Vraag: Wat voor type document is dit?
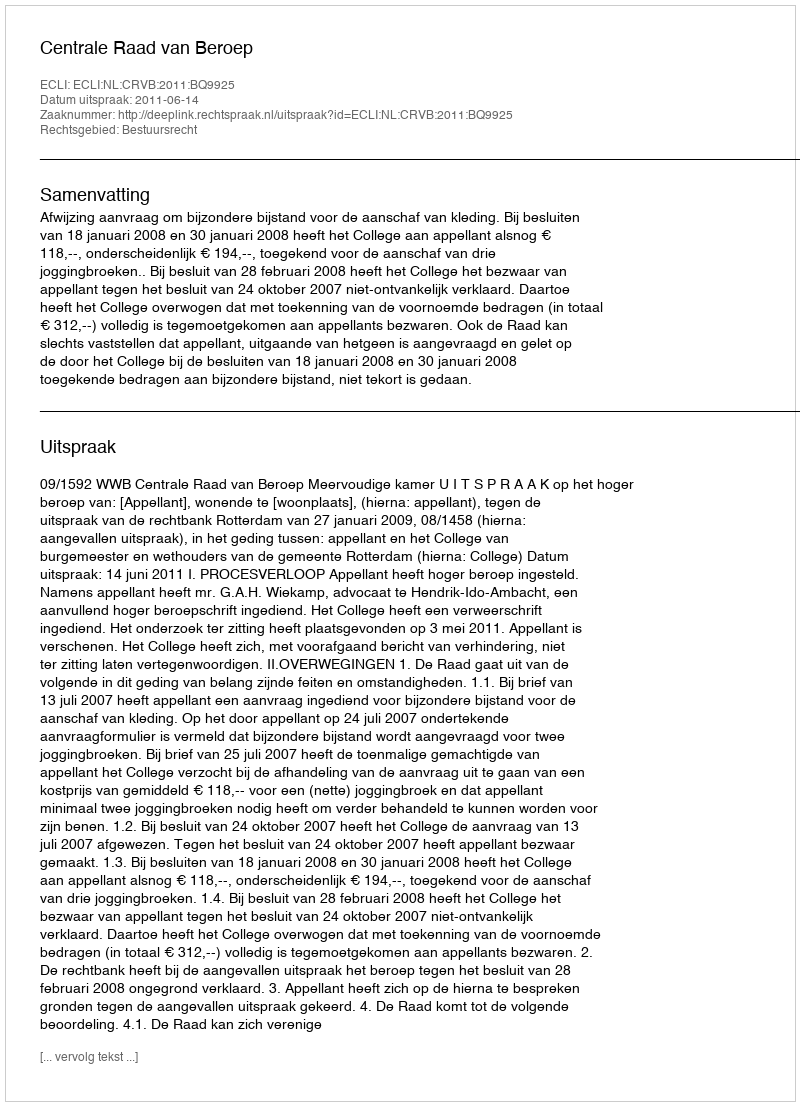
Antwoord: Uitspraak